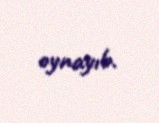
oynayıb.